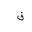
Letter: _qaf